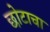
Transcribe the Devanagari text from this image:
छोटाचा